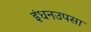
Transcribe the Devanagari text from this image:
इंधनउपसा